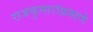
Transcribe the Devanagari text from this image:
राजकुमारांप्रमाणे